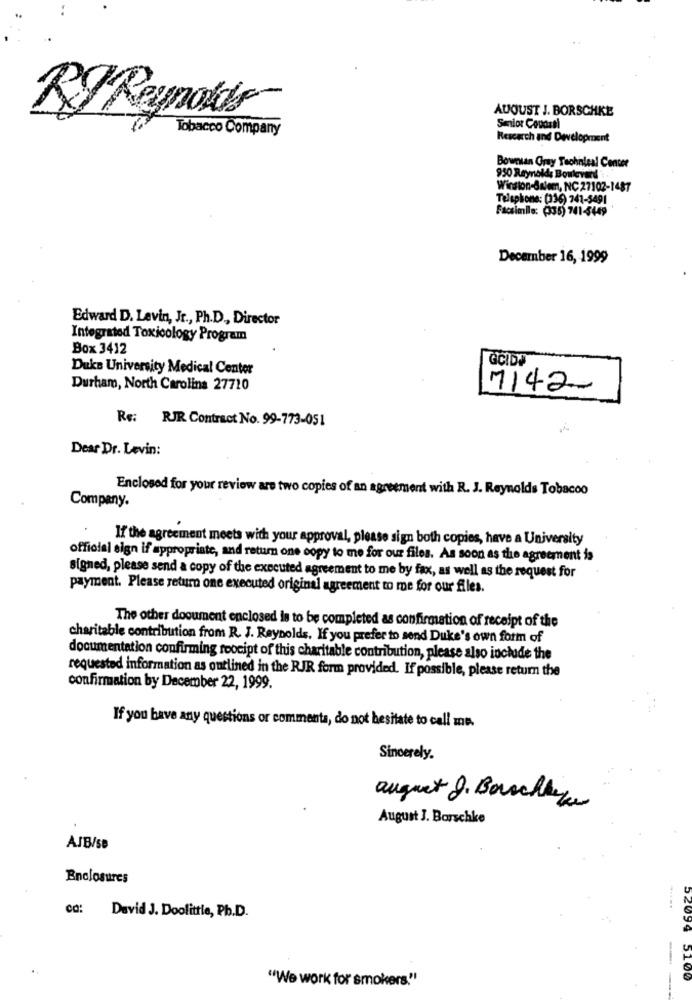
AUGUST J. BORSCHKE
RJ Reynolds
Tobacco Company
Senior Coudati
Research and Development
Bowntan Gray Technical Center
950 Reynolds Boulevard
Winston-Salem, NC 27102-1487
Telephone: (336) 741-5491
Facsimile: (35) 741-5449
December 16, 1999
Edward D. Levin, Jr ., Ph.D ., Director
Integrated Toxicology Program
Box 3412
Duke University Medical Center
Durham, North Carolina 27720
7142.
Re: RJR Contract No. 99-773-051
Dear Dr. Levin:
Enclosed for your review are two copies of an agreement with R. J. Reynolds Tobacoo
Company.
If the agreement meets with your approval, please sign both copies, have a University
official sign if appropriate, and return one copy to me for our files. As soon as the agreement is
signed, please send a copy of the executed agreement to me by fax, as well as the request for
payment. Please return one executed original agreement to me for our files.
The other document enclosed is to be completed as confirmation of receipt of the
charitable contribution from R. J. Reynolds. If you prefer to send Duke's own form of
documentation confirming receipt of this charitable contribution, please also include the
requested information as outlined in the RJR form provided. If possible, please return the
confirmation by December 22, 1999.
If you have any questions or comments, do not hesitate to call me.
Sincerely.
august J. Borschlage
August J. Borschke
ASB/SB
Enclosures
cd: David J. Doolittle, Ph.D.
--
"We work for smokers."
52099 5100